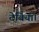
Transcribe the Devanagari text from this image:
देवियाँ।